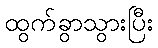
ထွက်ခွာသွားပြီး